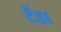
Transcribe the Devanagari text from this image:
टेंडा